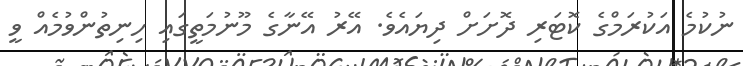
ނުކުމެ އަކުރަމްގެ ކޮޓަރި ދޮށަށް ދިޔައެވެ. އޭރު އޭނާގެ މޫނުމަތީގައި ހިނިތުންވުމެއް ވީ